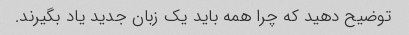
توضیح دهید که چرا همه باید یک زبان جدید یاد بگیرند.